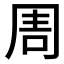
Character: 𠱬